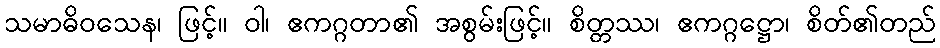
သမာဓိဝသေန၊ ဖြင့်။ ဝါ၊ ဧကဂ္ဂတာ၏ အစွမ်းဖြင့်။ စိတ္တဿ၊ ဧကဂ္ဂဋ္ဌော၊ စိတ်၏တည်